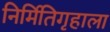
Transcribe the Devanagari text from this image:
निर्मितिगृहाला